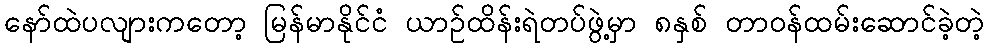
နော်ထဲပလျားကတော့ မြန်မာနိုင်ငံ ယာဉ်ထိန်းရဲတပ်ဖွဲ့မှာ ၈နှစ် တာဝန်ထမ်းဆောင်ခဲ့တဲ့